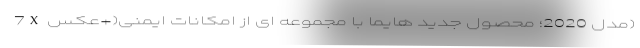
7X مدل 2020؛ محصول جدید هایما با مجموعه ای از امکانات ایمنی(+عکس)